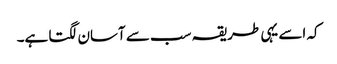
کہ اسے یہی طریقہ سب سے آسان لگتا ہے۔